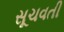
સૂચવતી